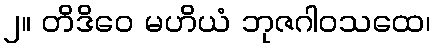
၂။ တိဒိဝေ မဟိယံ ဘုဇဂါဝသထေ၊